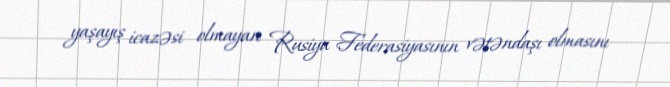
yaşayış icazəsi olmayan Rusiya Federasiyasının vətəndaşı olmasını